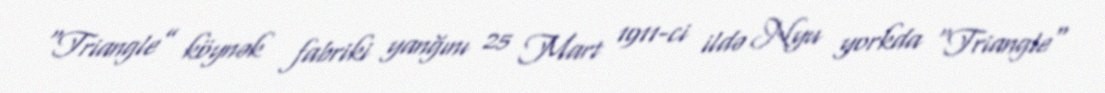
“Triangle” köynək fabriki yanğını 25 Mart 1911-ci ildə Nyu yorkda "Triangle"